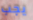
يجب